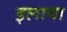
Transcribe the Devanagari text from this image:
इलाया